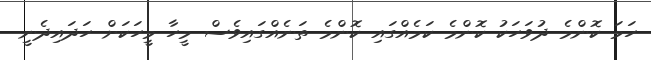
ހަމަ ކޮންމެ ދުވަހަކު ކޮންމެ ކަމެއްގައި ކޮންމެ ތަނެއްގައިވެސް މީހާ މީހަކަށް ހަދައިދެނީ